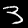
Digit: 3